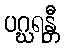
ပဂ္ဃရန္တီ